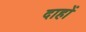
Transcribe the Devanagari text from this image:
दाहों